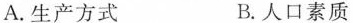
A.生产方式 B.人口素质